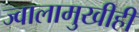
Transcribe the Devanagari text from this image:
ज्वालामुखीही